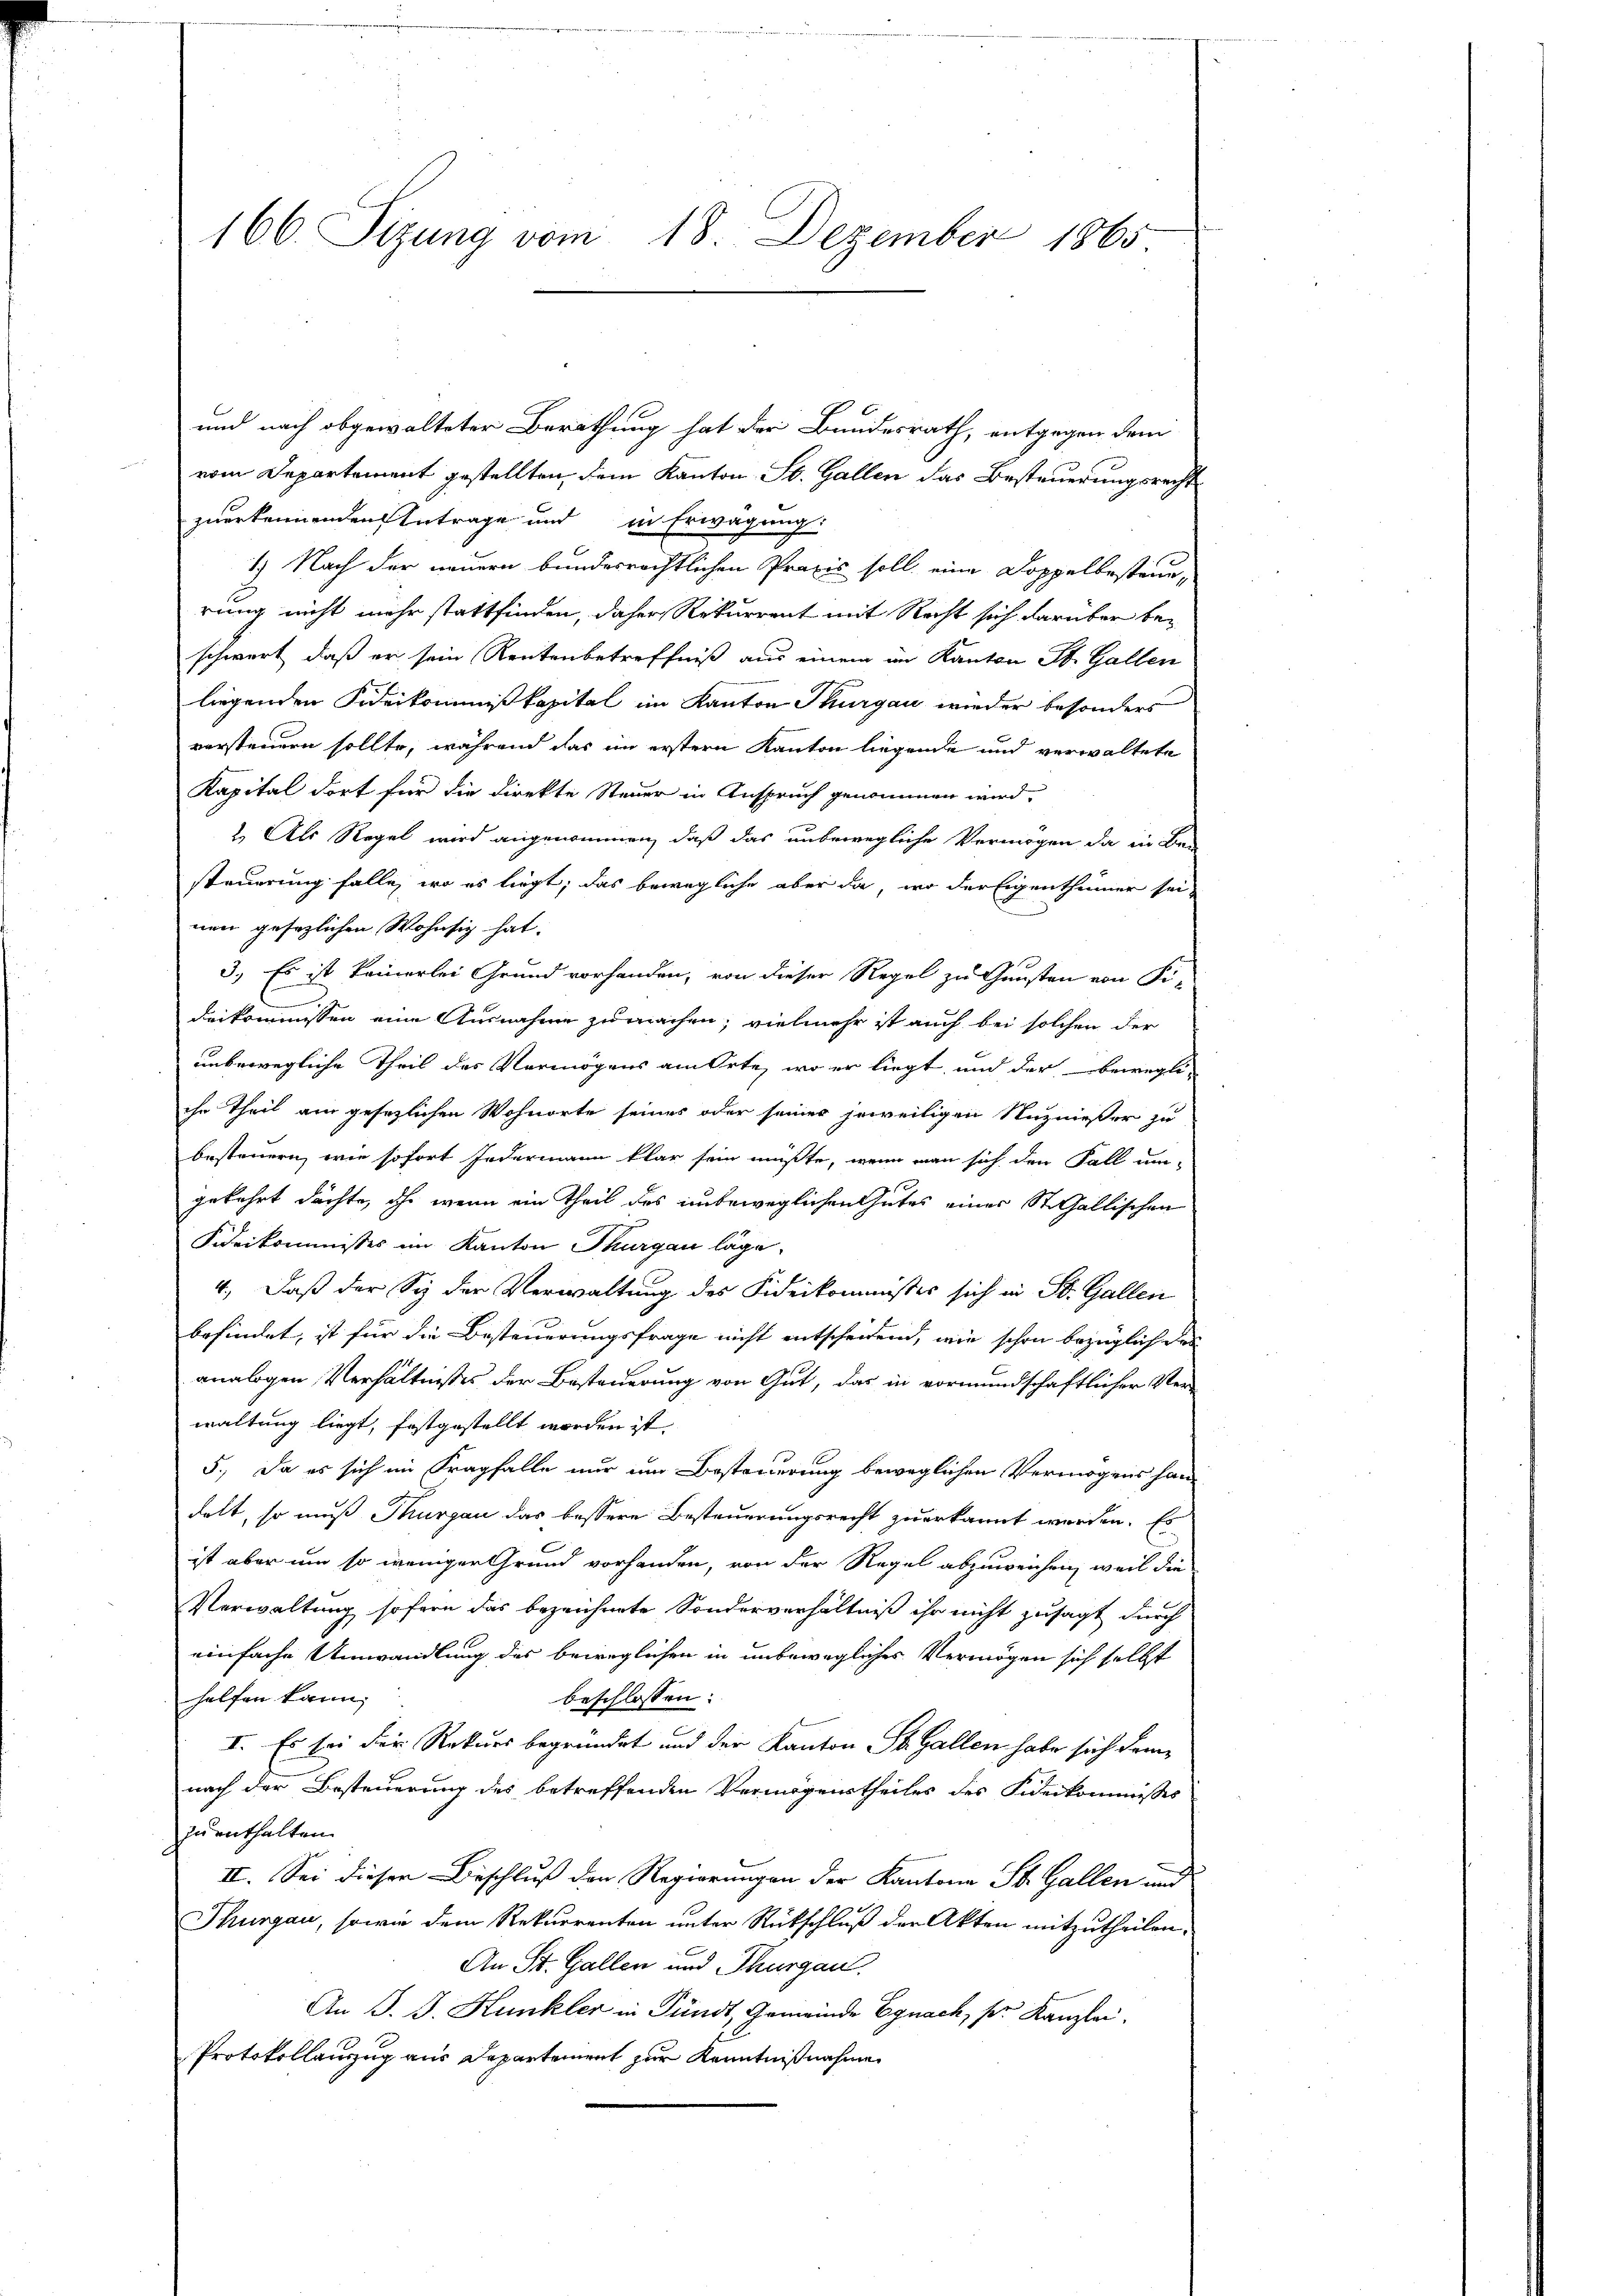
166. Sizung vom 18. Dezember 1865

und nach obgewalteter Berathung hat der Bundesrath, entgegen dem
vom Departement gestellten, dem Kanton St. Gallen das Besteuerungsrecht
zuerkennenden Antrage und in Erwägung:
1.) Nach der neuern bundesrechtlichen Praxis soll eine Doppelbestand,
rung nicht mehr stattfinden, daher Rekurrent mit Recht sich darüber beschwert, daß er sein Rentenbetreffniß aus einem im Kanton St. Gallen
liegenden Fideikommißkapital im Kanton Thurgau wieder besonders
vorsteuern sollte, während das im erstern Kanton liegende und verwaltete
Kapital dort für die Direkte Steuer in Anspruch genommen wird.
2. Als Regel wird angenommen, daß das unbewegliche Vermögen da in Be-
steuerung falle, wo es liegt, das bewegliche aber da, wo der Eigenthümer seinen gesezlichen Wohnsitz hat.
3.) Es ist keinerlei Grund vorhanden, von dieser Regel zu Gunsten von Fi-
deikommnissen eine Ausnahme zumachen; vielmehr ist auch bei solchen der
unbewegliche Theil des Vermögens am Orte, wo er liegt, und der bewegli
ihr Theil am gesezlichen Wohnorte seines oder seines jeweiligen Nuznießer zu
besteuern, wie sofort Jedermann klar sein müßte, wenn man sich den Fall um-
gekehrt dachte, ihr wenn ein Theil des unbeweglichen Gutes einer St. Gallischen
Fideikommisses im Kanton Thurgau läge.
4., Daß der Syz der Verwaltung des Fideikommisses sich in St. Gallen
befindet, ist für die Besteuerungsfrage nicht entscheidend, wie schon bezüglichen
analogen Verhältnisses der Besteuerung von Gut, das in vormundschaftlicher Verwaltung liegt, festgestellt worden ist.
5.) Da es sich im Fragfalle nur um Besteuerung beweglichen Vermögens handelt, so muß Thurgau das bessere Besteuerungsrecht zuerkannt werden. Es
ist aber um so weniger Grund vorhanden, von der Regel abzuweichen, weil die
Verwaltung sofern das bezeichnete Sonderverhältniß ihr nicht zusagt durch
einfache Umwandlung des beweglichen in unbewegliches Vermögen sich selbst
helfen kann,
beschlossen:
I. Es bei der Rekurs begründet und der Kanton St. Gallen habe sich dem
nach der Besteuerung des betreffenden Vermögenstheiles des Fideikommisses
zu enthalten.
II. Sei dieser Beschluß den Regierungen der Kantone St. Gallen und
Thurgau, sowie dem Rekurrenten unter Rückschluß der Akten mitzutheilen.
An St. Gallen und Thurgau.
An J. J. Kunkler in Pundt, Gemeinde Egnach, s. Kanzlei.
Protokollanzug aus Departement zur Kenntnißnahme